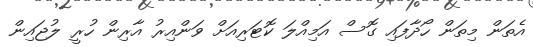
އެތަން މިތަން ހޯދާފައި ގޮސް އަމިއްލަ ކޮޓަރިއަށް ވަންއިރު އާރިން ހުރީ ލުޖައިން